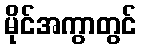
မိုင်အကွာတွင်